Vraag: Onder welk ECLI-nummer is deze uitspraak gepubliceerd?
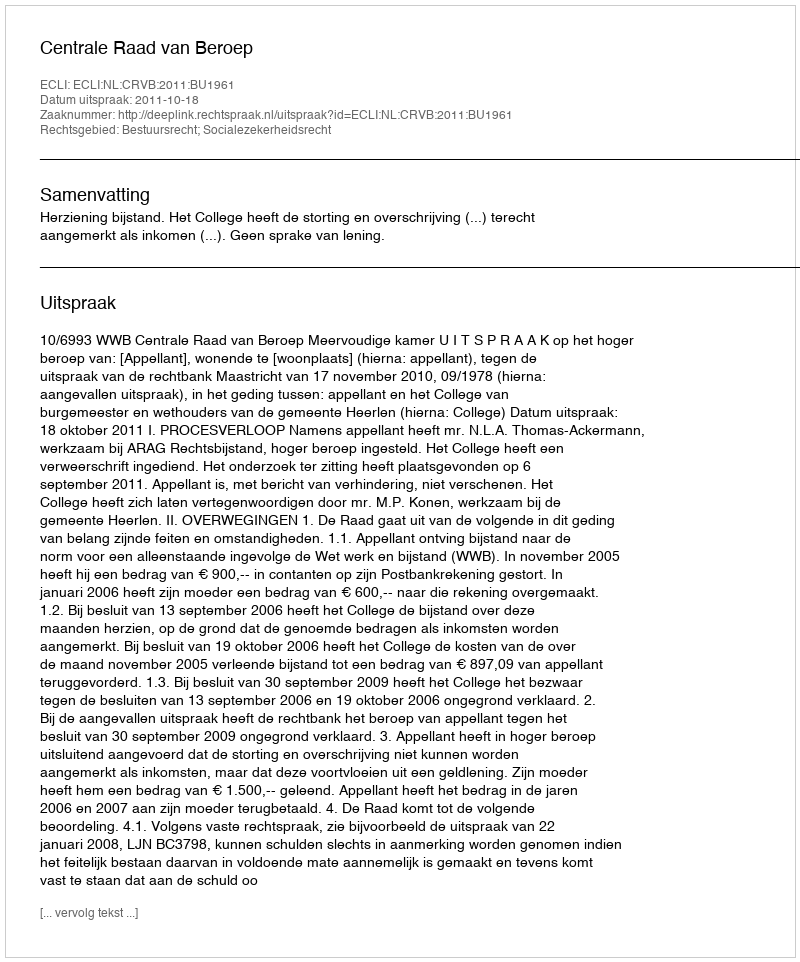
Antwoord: ECLI:NL:CRVB:2011:BU1961